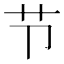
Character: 节